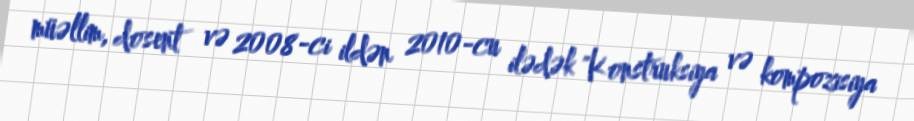
müəllim, dosent və 2008-ci ildən 2010-cu ilədək "Konstruksiya və kompozisiya